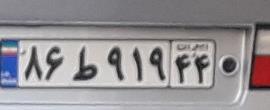
۸۶ط۹۱۹۴۴